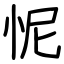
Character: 怩